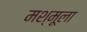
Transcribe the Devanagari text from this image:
मश्मूला